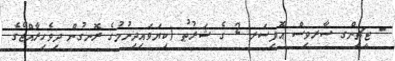
- ޓީޗިންގ ސާރވިސް އޮފިސަރ 2 ގެ ޝަރުޠު (ކިޔަވައިދިނުމުގެ ރޮނގުން ދިވެހިރާއްޖޭގެ